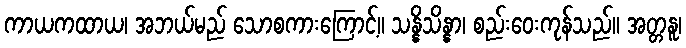
ကာယကထာယ၊ အဘယ်မည် သောစကားကြောင့်။ သန္နိသိန္နာ၊ စည်းဝေးကုန်သည်။ အတ္တနူ၊